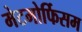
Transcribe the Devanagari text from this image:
मेटमोर्फिसम